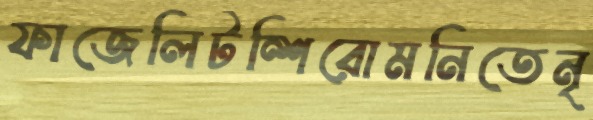
ফাজেলিটন্শিরোমনিতেনৃ